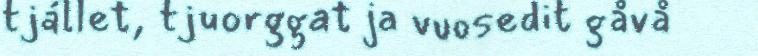
tjállet, tjuorggat ja vuosedit gåvå